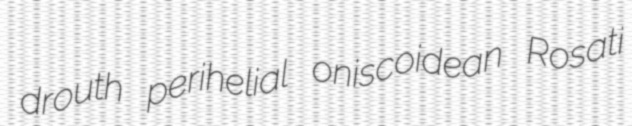
drouth perihelial oniscoidean Rosati